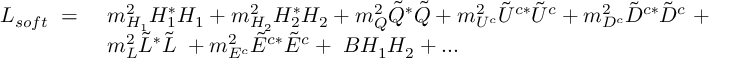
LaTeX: \begin{array} { l l } { { { \cal { L } } _ { s o f t } \ = \ } } & { { m _ { H _ { 1 } } ^ { 2 } H _ { 1 } ^ { * } H _ { 1 } + m _ { H _ { 2 } } ^ { 2 } H _ { 2 } ^ { * } H _ { 2 } + m _ { Q } ^ { 2 } \tilde { Q } ^ { * } \tilde { Q } + m _ { U ^ { c } } ^ { 2 } \tilde { U } ^ { c * } \tilde { U } ^ { c } + m _ { D ^ { c } } ^ { 2 } \tilde { D } ^ { c * } \tilde { D } ^ { c } \ + } } \\ { { } } & { { m _ { L } ^ { 2 } \tilde { L } ^ { * } \tilde { L } \ + m _ { E ^ { c } } ^ { 2 } \tilde { E } ^ { c * } \tilde { E } ^ { c } + \ B H _ { 1 } H _ { 2 } + . . . } } \end{array}